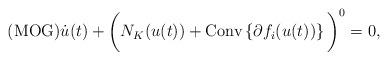
LaTeX: \begin{align*}\mbox{{\rm (MOG)}} \dot u(t) + \bigg(N_K(u(t)) + \mbox{Conv}\left\{\partial f_i(u(t)) \right\} \bigg)^{0}= 0,\end{align*}